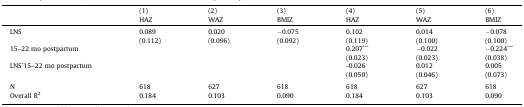
<table><thead><tr><td></td><td><b>(1)HAZ</b></td><td><b>(2)WAZ</b></td><td><b>(3)BMIZ</b></td><td><b>(4)HAZ</b></td><td><b>(5)WAZ</b></td><td><b>(6)BMIZ</b></td></tr></thead><tbody><tr><td>LNS</td><td>0.089</td><td>0.020</td><td>−0.075</td><td>0.102</td><td>0.014</td><td>−0.078</td></tr><tr><td></td><td>(0.112)</td><td>(0.096)</td><td>(0.092)</td><td>(0.119)</td><td>(0.100)</td><td>(0.100)</td></tr><tr><td>15–22 mo postpartum</td><td></td><td></td><td></td><td>0.207<sup>***</sup></td><td>−0.022</td><td>−0.224<sup>***</sup></td></tr><tr><td></td><td></td><td></td><td></td><td>(0.023)</td><td>(0.023)</td><td>(0.038)</td></tr><tr><td>LNS<sup>*</sup>15–22 mo postpartum</td><td></td><td></td><td></td><td>-0.026</td><td>0.012</td><td>0.005</td></tr><tr><td></td><td></td><td></td><td></td><td>(0.050)</td><td>(0.046)</td><td>(0.073)</td></tr><tr><td colspan="7">  </td></tr><tr><td>N</td><td>618</td><td>627</td><td>618</td><td>618</td><td>627</td><td>618</td></tr><tr><td>Overall R<sup>2</sup></td><td>0.184</td><td>0.103</td><td>0.090</td><td>0.184</td><td>0.103</td><td>0.090</td></tr></tbody></table>